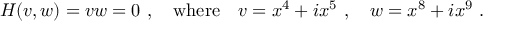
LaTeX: H ( v , w ) = v w = 0 ~ , \quad \mathrm { w h e r e } \quad v = x ^ { 4 } + i x ^ { 5 } ~ , \quad w = x ^ { 8 } + i x ^ { 9 } ~ .